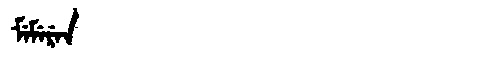
Manchu: ᠮᡝᠮᡝᡵᡝᠨ
Romanization: MEMEREN